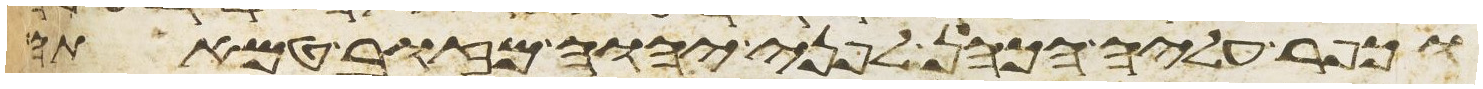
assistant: וכפר עליה הכהן לפני יהוה מזוב טמאתה